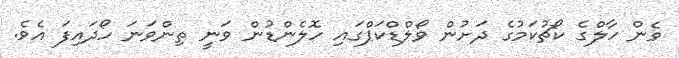
ވެން ހާލްގެ ކޯޗުކަމުގެ ދަށުން ވޯލްޑްކަޕްގައި ހޮލެންޑުން ވަނީ ތިންވަނަ ހޯދައިފަ އެވެ.